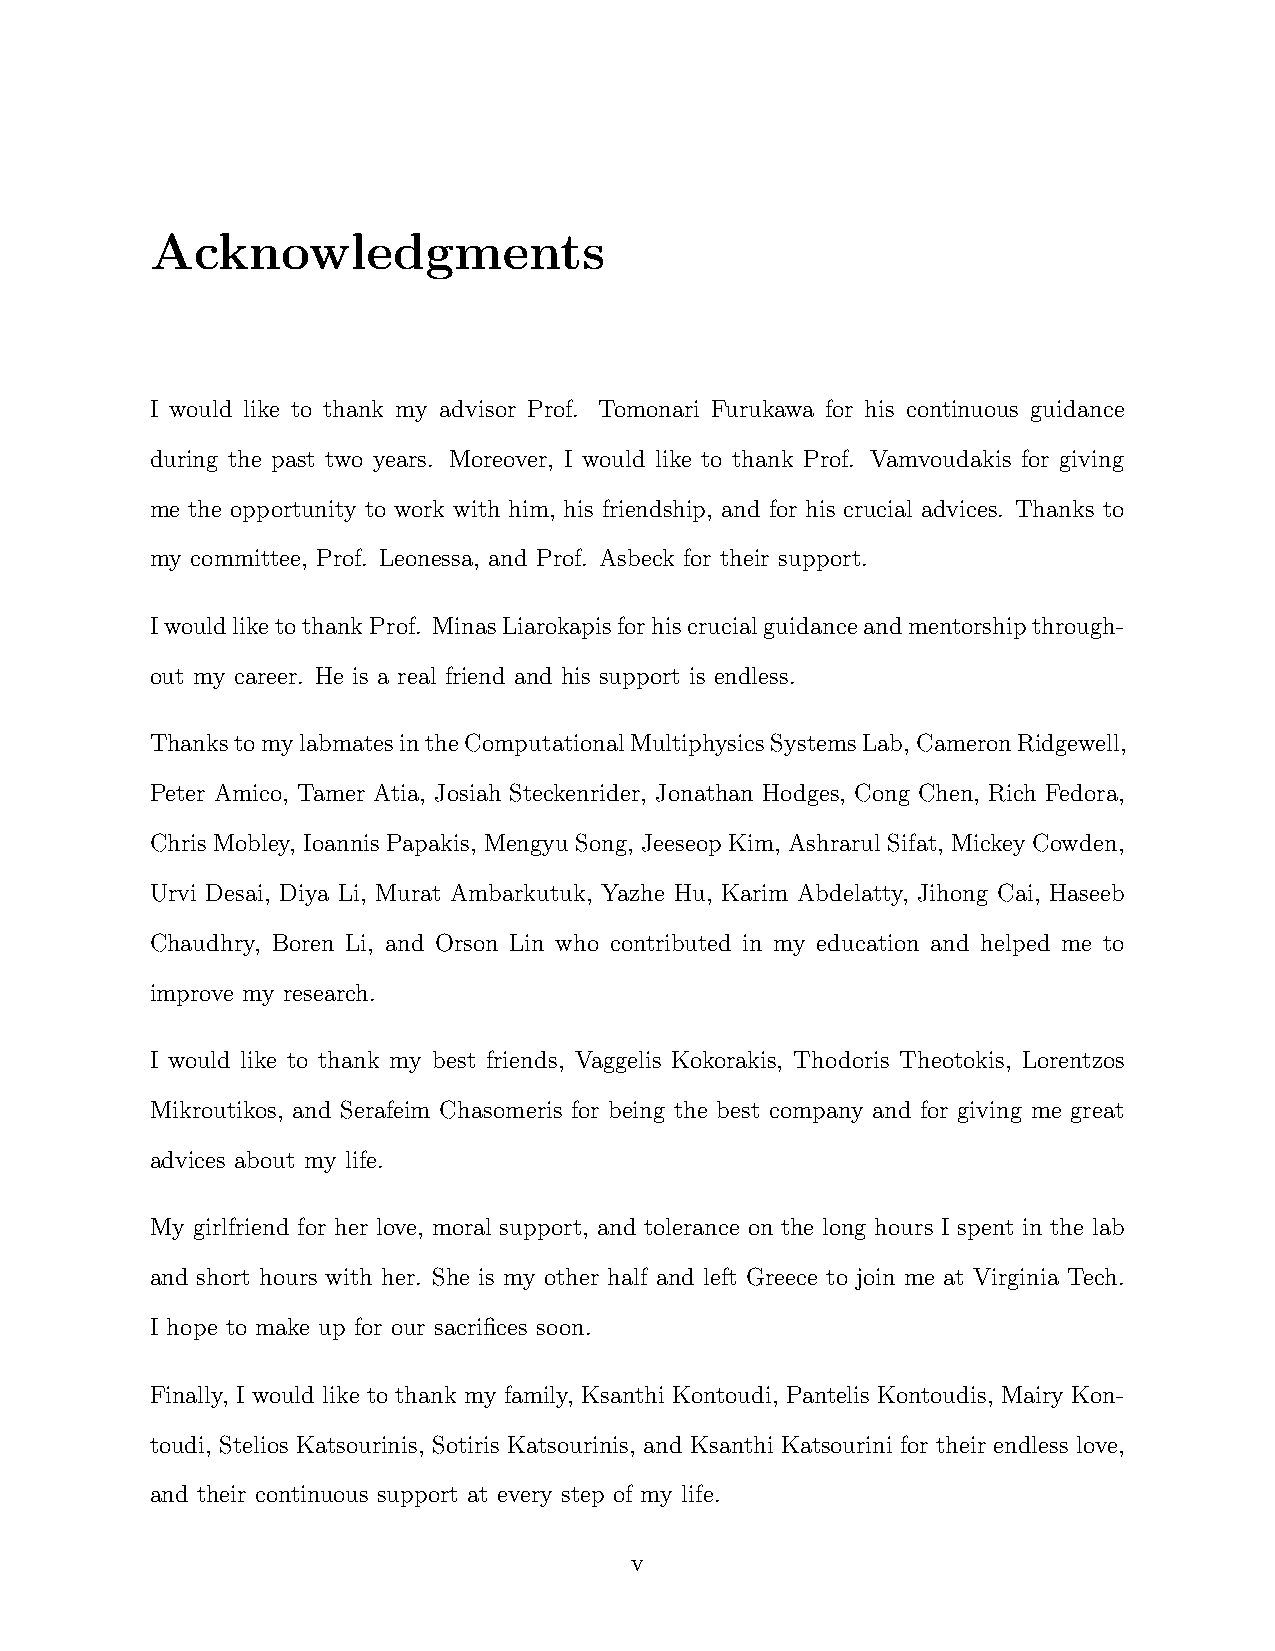
Acknowledgments
 I would like to thank my advisor Prof. Tomonari Furukawa for his continuous guidance
 during the past two years. Moreover, I would like to thank Prof. Vamvoudakis for giving
 me the opportunity to work with him, his friendship, and for his crucial advices. Thanks to
 my committee, Prof. Leonessa, and Prof. Asbeck for their support.
 IwouldliketothankProf. MinasLiarokapisforhiscrucialguidanceandmentorshipthrough-
 out my career. He is a real friend and his support is endless.
 ThankstomylabmatesintheComputationalMultiphysicsSystemsLab,CameronRidgewell,
 Peter Amico, Tamer Atia, Josiah Steckenrider, Jonathan Hodges, Cong Chen, Rich Fedora,
 Chris Mobley, Ioannis Papakis, Mengyu Song, Jeeseop Kim, Ashrarul Sifat, Mickey Cowden,
 Urvi Desai, Diya Li, Murat Ambarkutuk, Yazhe Hu, Karim Abdelatty, Jihong Cai, Haseeb
 Chaudhry, Boren Li, and Orson Lin who contributed in my education and helped me to
 improve my research.
 I would like to thank my best friends, Vaggelis Kokorakis, Thodoris Theotokis, Lorentzos
 Mikroutikos, and Serafeim Chasomeris for being the best company and for giving me great
 advices about my life.
 My girlfriend for her love, moral support, and tolerance on the long hours I spent in the lab
 and short hours with her. She is my other half and left Greece to join me at Virginia Tech.
 I hope to make up for our sacrifices soon.
 Finally, I would like to thank my family, Ksanthi Kontoudi, Pantelis Kontoudis, Mairy Kon-
 toudi, Stelios Katsourinis, Sotiris Katsourinis, and Ksanthi Katsourini for their endless love,
 and their continuous support at every step of my life.
 v